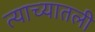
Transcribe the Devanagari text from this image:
त्याच्यातली